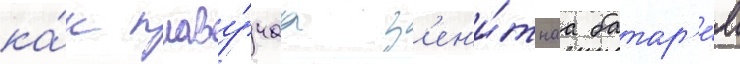
ка́к плаву́чаа з'ен'и́тнаа батар'е́я